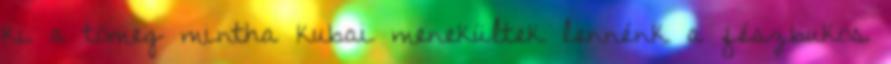
ki a tömeg mintha kubai menekültek lennénk a fészbukos